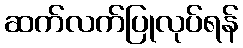
ဆက်လက်ပြုလုပ်ရန်